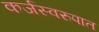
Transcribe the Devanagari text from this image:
कर्जस्वरुपात